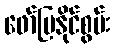
ဖော်ပြနိုင်စွမ်း